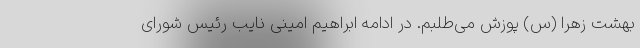
بهشت زهرا (س) پوزش می‌طلبم. در ادامه ابراهیم امینی نایب رئیس شورای